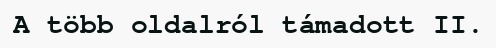
A több oldalról támadott II.